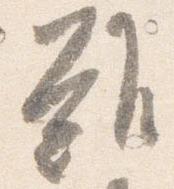
難